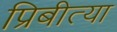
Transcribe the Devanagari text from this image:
प्रिबीत्या